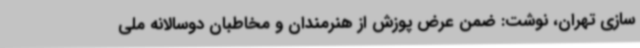
سازی تهران، نوشت: ضمن عرض پوزش از هنرمندان و مخاطبان دوسالانه ملی